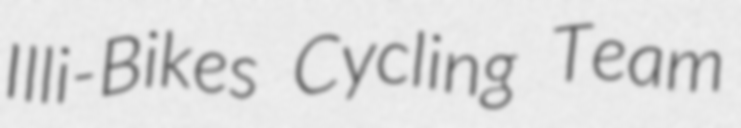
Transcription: Illi-Bikes Cycling Team